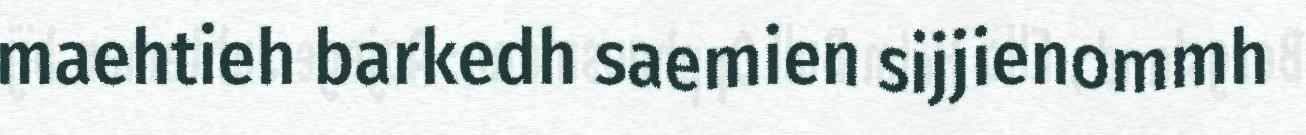
maehtieh barkedh saemien sijjienommh